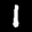
Label: 1